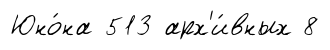
Юно́на 513 арх'и́вных 8